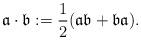
LaTeX: \begin{align*}\mathfrak{a}\cdot \mathfrak{b}:=\frac{1}{2}(\mathfrak{a}\mathfrak{b}+\mathfrak{b}\mathfrak{a}).\end{align*}